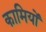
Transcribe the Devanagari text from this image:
कामियों